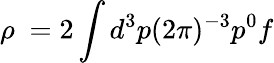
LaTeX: \rho\ =2\int d^{3}p(2\pi)^{-3}p^{0}f